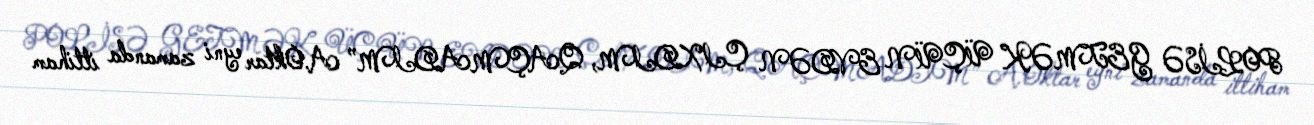
POLİSƏ GETMƏK ÜÇÜN EVDƏN ÇIXDIM, QAÇMADIM” A.Oktar eyni zamanda ittiham